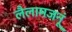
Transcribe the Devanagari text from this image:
लैलामजनूं